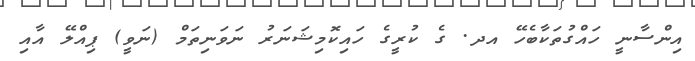
އިންސާނީ ހައްގުތަކާބެހޭ އދ. ގެ ކުރީގެ ހައިކޮމިޝަނަރު ނަވަނިތަމް (ނަވީ) ޕިއްލޭ އާއި